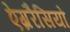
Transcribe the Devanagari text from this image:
ऐग्ररैसियो